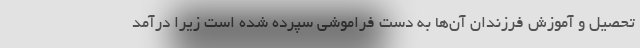
تحصیل و آموزش فرزندان آن‌ها به دست فراموشی سپرده شده است زیرا درآمد